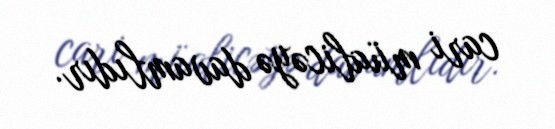
cari müalicəyə davamlıdır.